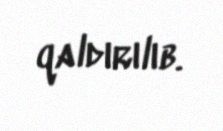
qaldırılıb.